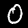
Digit: 0